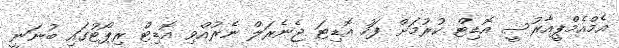
އެމްއެމްޕީއާރުސީ އޮޑިޓް ކުރުމަށް ފަހު އޮޑިޓަ ޖެނެރަލް ނެރުއްވި އޮޑިޓް ރިޕޯޓުގައި ބުނަނީ